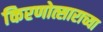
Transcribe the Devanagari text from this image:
किरणोत्साराच्या